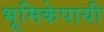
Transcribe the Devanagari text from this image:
भूमिकेपायी